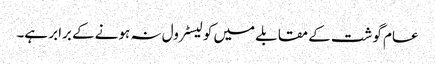
عام گوشت کے مقابلے میں کولیسٹرول نہ ہونے کے برابر ہے۔